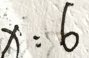
x : 6